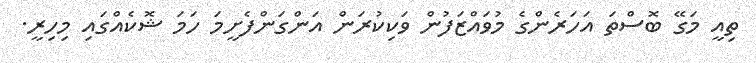
ތިއީ މަގޭ ބޮސްތަ އަހަރެންގެ މުވައްޒަފުން ވަކިކުރަން އަންގަންފެށީމަ ހަމަ ޝޮކެއްގައި މިހިރީ.